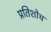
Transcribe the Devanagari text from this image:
प्रतिशोथ